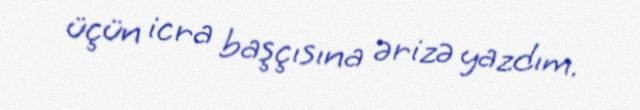
üçün icra başçısına ərizə yazdım.